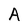
Character: A